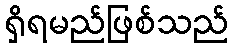
ရှိရမည်ဖြစ်သည်